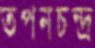
তপনচন্দ্র